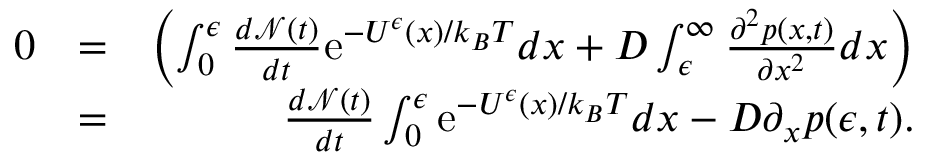
\begin{array} { r l r } { 0 } & { = } & { \left( \int _ { 0 } ^ { \epsilon } \frac { d { \mathcal N } ( t ) } { d t } { \mathrm e } ^ { - U ^ { \epsilon } ( x ) / k _ { B } T } d x + D \int _ { \epsilon } ^ { \infty } \frac { \partial ^ { 2 } p ( x , t ) } { \partial x ^ { 2 } } d x \right) } \\ & { = } & { \frac { d { \mathcal N } ( t ) } { d t } \int _ { 0 } ^ { \epsilon } { \mathrm e } ^ { - U ^ { \epsilon } ( x ) / k _ { B } T } d x - D \partial _ { x } p ( \epsilon , t ) . } \end{array}